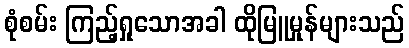
စုံစမ်း ကြည့်ရှုသောအခါ ထိုမြူမှုန်များသည်